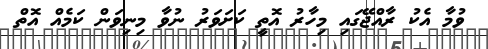
ވުމާ އެކު ރާއްޖޭގައި މިހާރު އޮތީ ކަށަވަރު ނުވާ މިނިވަން ކަމެއް އޮތް